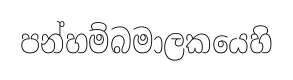
පන්හම්බමාලකයෙහි